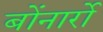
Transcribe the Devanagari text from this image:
बोंनार्रो